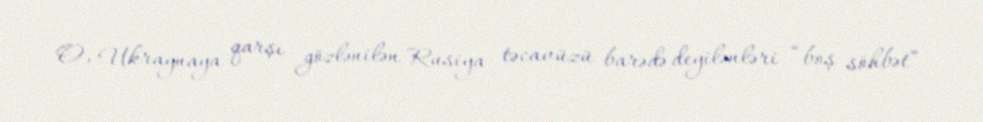
O, Ukraynaya qarşı gözlənilən Rusiya təcavüzü barədə deyilənləri “boş söhbət”